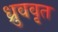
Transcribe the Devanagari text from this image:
ध्रुववृत